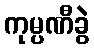
ကုမ္ပဏီခွဲ